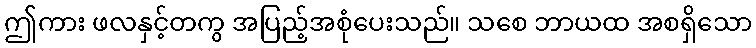
ဤကား ဖလနှင့်တကွ အပြည့်အစုံပေးသည်။ သစေ ဘာယထ အစရှိသော